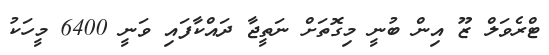
ޓްރެވަލް ޒޫ އިން ބުނީ މިގޮތަށް ނަތީޖާ ދައްކާފައި ވަނީ 6400 މީހަކު